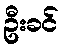
ဦးခင်